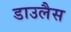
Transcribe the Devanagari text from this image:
डाउलैस